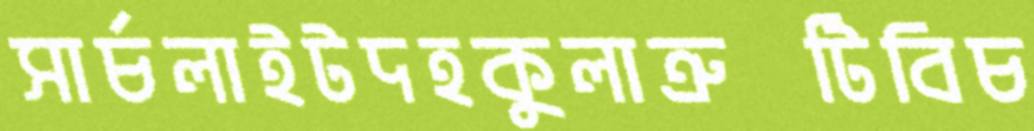
সার্চলাইটদহকুলাত্রুটিবিচ